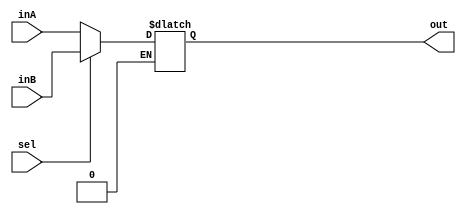
`timescale 1ns / 1ps

////////////////////////////////////////////////////////////////////////////////
// ECE369 - Computer Architecture
// Carlos Perez, Ramos Jiuru Chen
// Module - Mux32Bit2To1.v
// Description - Performs signal multiplexing between 2 32-Bit words.
////////////////////////////////////////////////////////////////////////////////

module Mux32Bit2To1(out, inA, inB, sel);
    input [31:0] inA;
    input [31:0] inB;
    output reg [31:0] out;
    input sel;

    initial begin 
        out <= 0;
    end

    always @(*) begin
        if (sel == 0) begin
            out <= inA;
        end
        else if (sel == 1) begin
            out <= inB;
        end
    end
	
endmodule